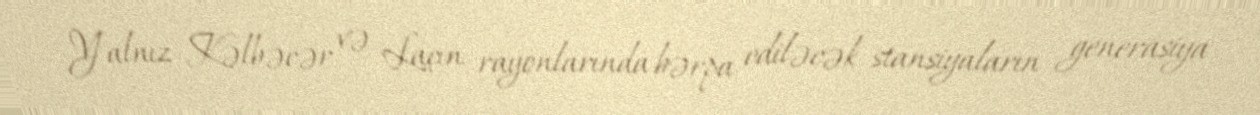
Yalnız Kəlbəcər və Laçın rayonlarında bərpa ediləcək stansiyaların generasiya